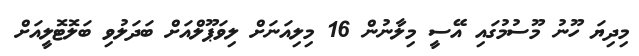
މިދިޔަ ހޫނު މޫސުމުގައި އޭސީ މިލާނުން 16 މިލިއަނަށް ލިވަޕޫލްއަށް ބަދަލުވި ބަލޮޓޮލީއަށް